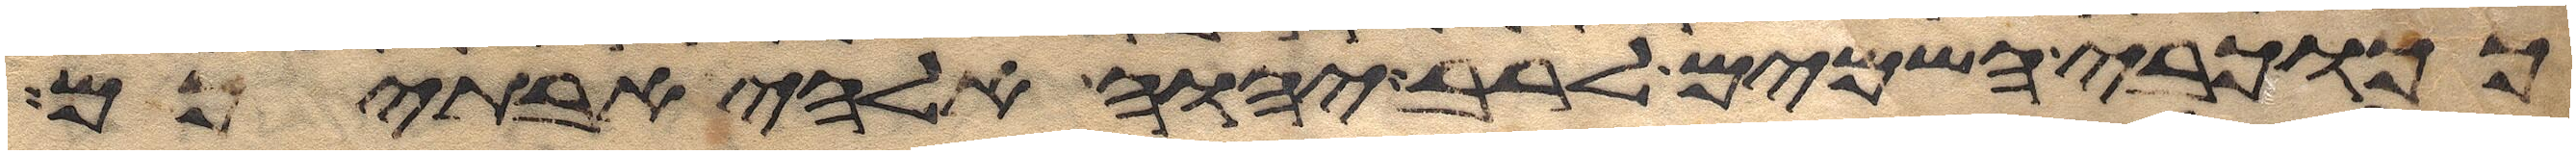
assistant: ככוכבי השמים לרב יהוה אלהי אבתיכם